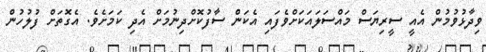
ވިދާޅުވުމުން އެއީ ސީރިޔަސް މައްސަލައަކަށްވެފައި އެކަން ސާފުކޮށްދިނުމަށް އެދި ކަމަށެވެ. އެގޮތަށް ފުލުހުން